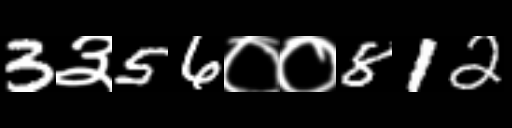
Text: 3३56००812